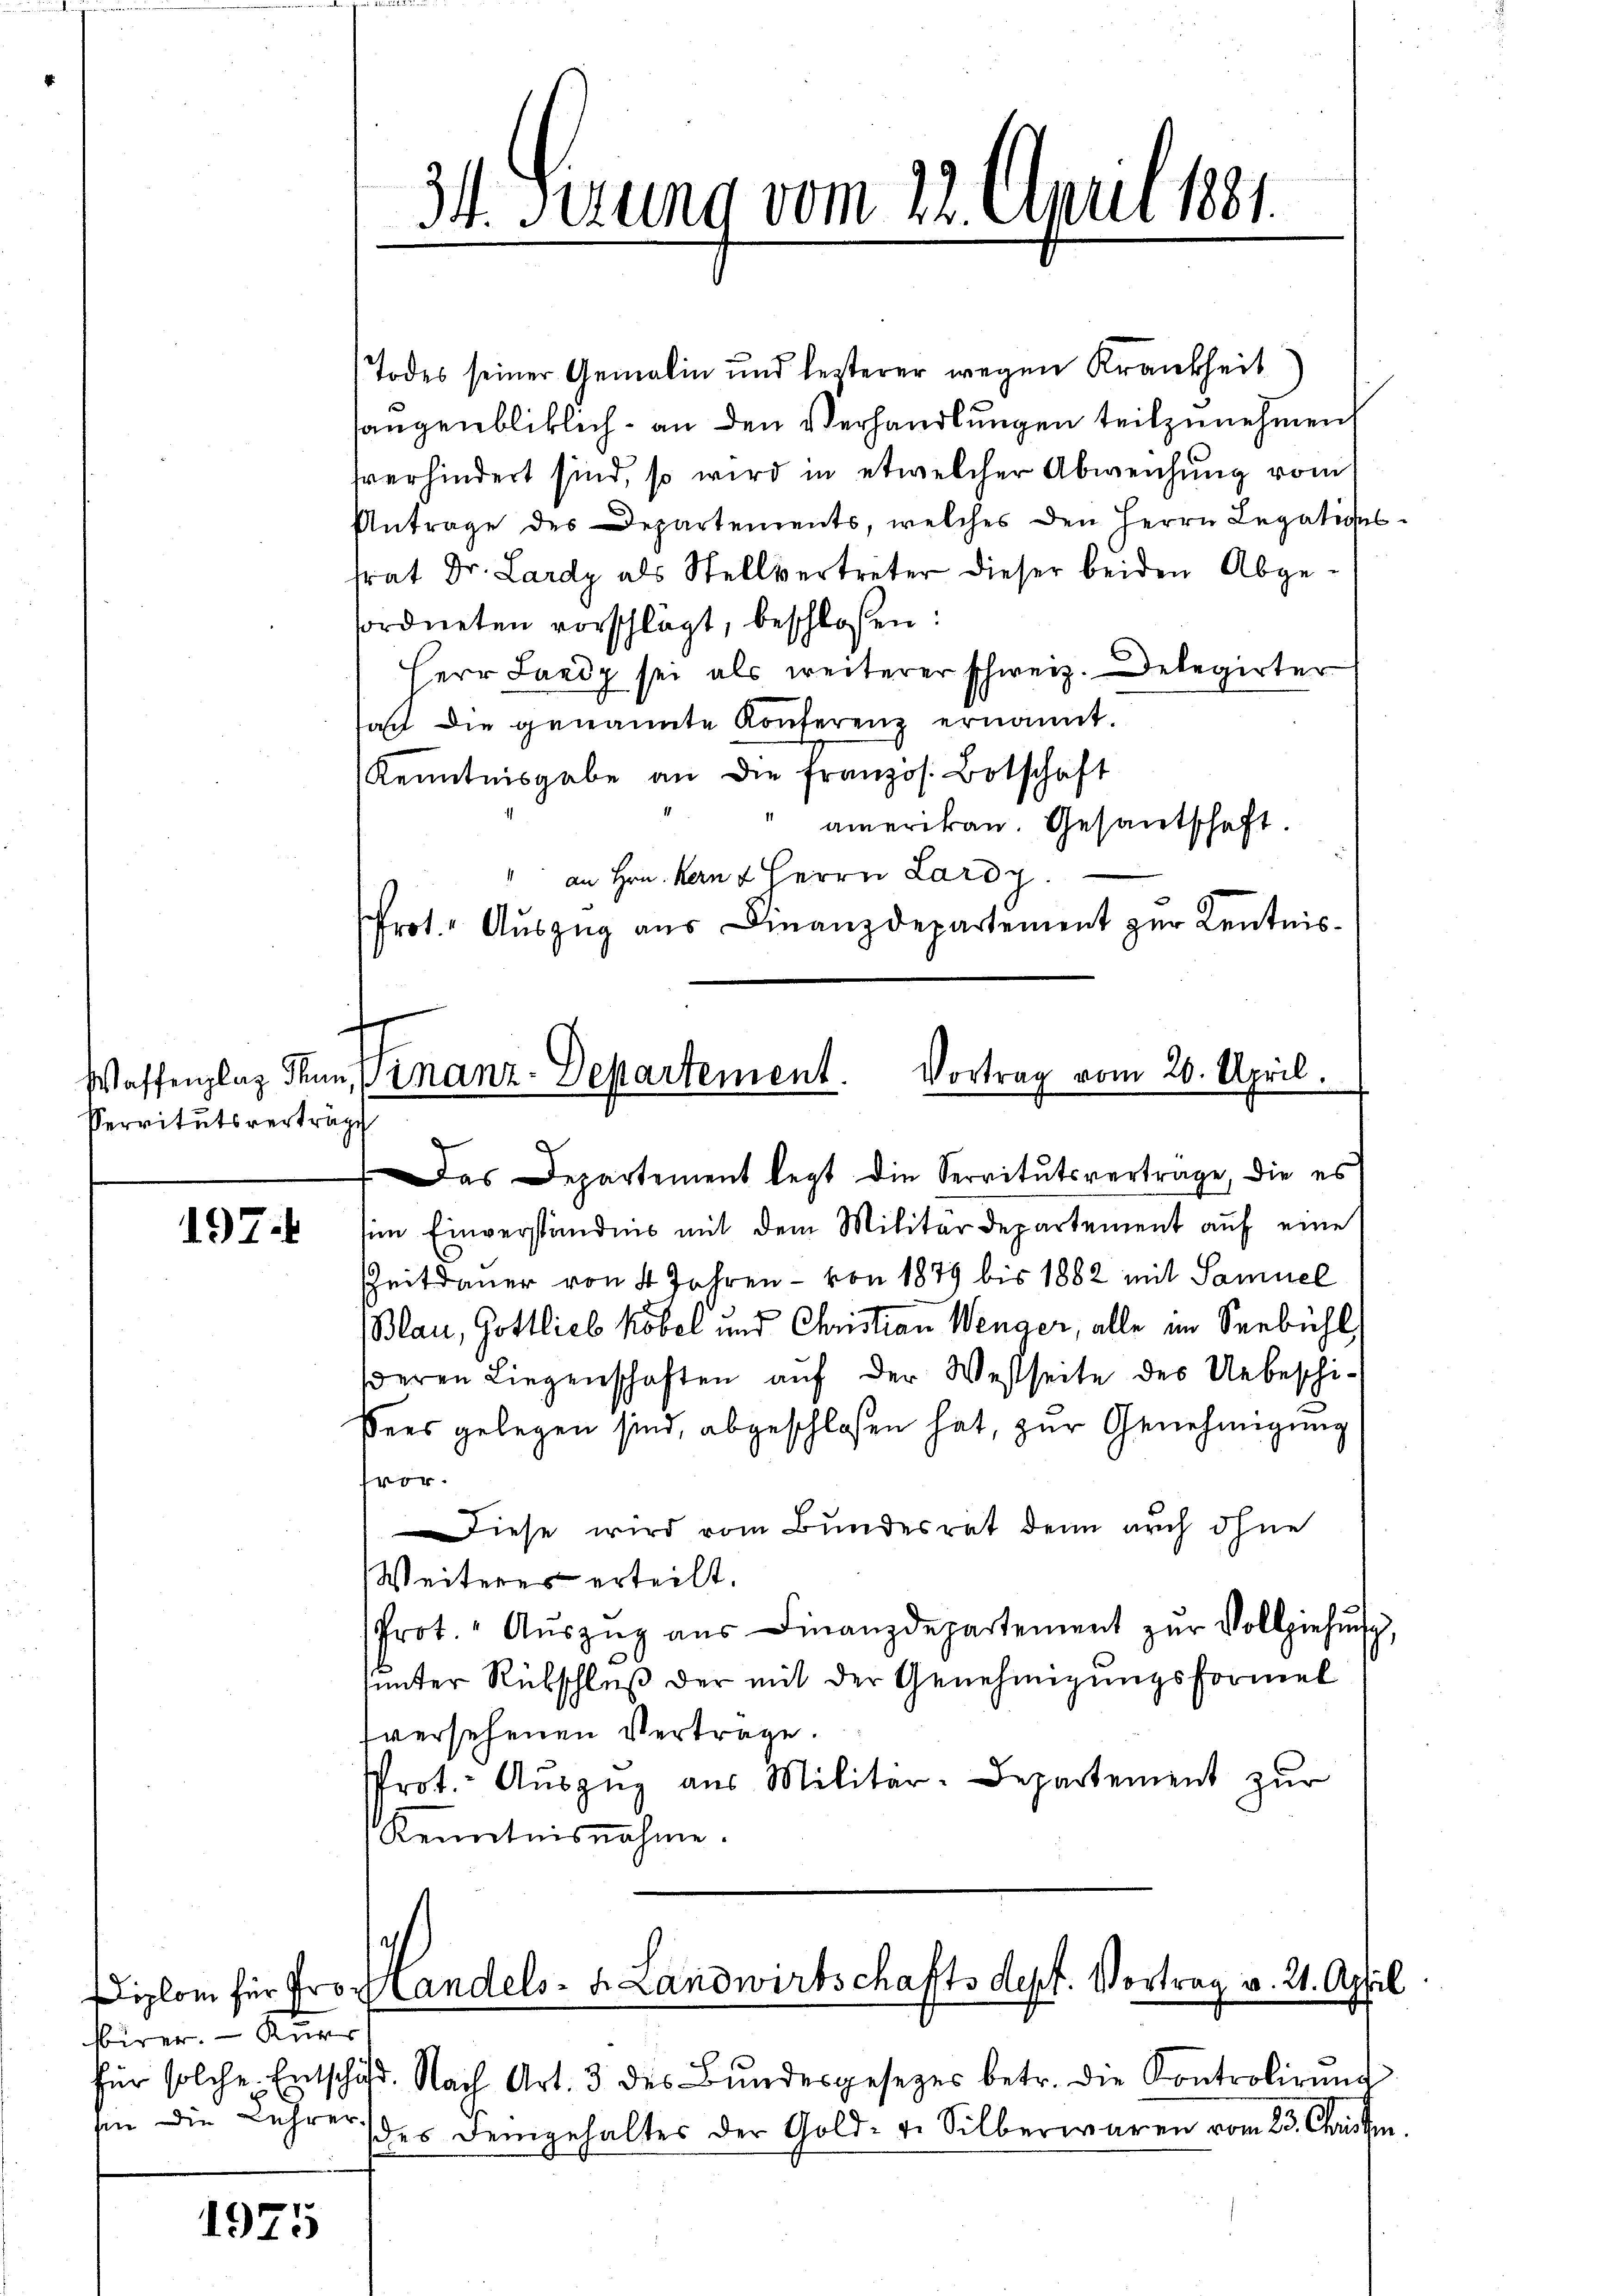
Servitutsverträge

197.

sirer. – Kurs
sin die Lehrer

1975

Todes seiner Gemalin und besterer wegen Krankheit
saugenbliklich an den Verhandlungen teilzunehmen,
sverhindert sind, so wird in etwelcher Abweichung vom
Antrage des Departements, welches den Herrn Legation
srat Dr. Lardy als Stellvertreter dieser beiden Abgesordneten vorschlägt, beschloßen:
Herr Land sei als weiterer schweiz. Delegirter
sal die genannte Konferenz ernannt.
Kenntnisgabe an die französ. Botschaft
amerikan. Gesantschaft.
an Hrn. Kern & Herrn Lardy
Prot. Auszug aus Finanzdepartement zur Kentnis¬
Das Departement legt die Servitutsvertrage, die es
sim Einverständnis mit dem Militärdepartement auf eine
Zeitdauer von 4 Jahren - von 1879 bis 1882 mit Samuel
Blau, Gottlieb köbel und Christian Wenger, alle im Seebühl
deren Liegenschaften aŭf der Westseite des Unbeschi-
sers gelegen sind, abgeschlossen hat, zur Genehmigung
fvor¬
Diese wird vom Bundesrat denn auch ohne
Weiteres erteilt.
Prot. " Aŭszŭg aŭs Finanzdepartement zŭr Vollziehŭng
unter Rübschluß der mit der Genehmigungsformel
versehenen Vertrage.
Prot. Auszug aus Militär-Departement zur
Kenntnisnahme.

34. Ferung vom 22. April 1881.

Waffenplaz Thun, Vinanz-Departement. Vortrag vom 20. April.

für solche Entschaft. Nach Art. 3 des Bŭndesgesezes betr. die Controlirŭng
des Demgehaltes der Gold- u. Silberwaren vom 23. Christin.

iplom für Proslandels- & Landwirtschaftsdept. Vortrag v. 21. April